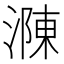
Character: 𣼼